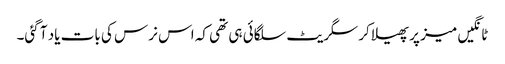
ٹانگیں میز پر پھیلا کر سگریٹ سلگائی ہی تھی کہ اس نرس کی بات یاد آ گئی۔